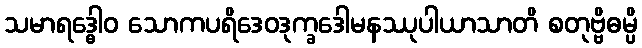
သမာရဒ္ဓေါဝ သောကပရိဒေဝဒုက္ခဒေါမနဿုပါယာသာတိ စတုဗ္ဗိဓမ္ပိ